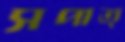
সপাত্